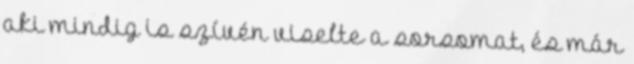
aki mindig is szívén viselte a sorsomat, és már